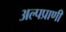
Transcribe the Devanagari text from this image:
अल्पप्राणी